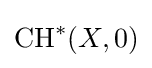
{\text{CH}}^{*}(X,0)